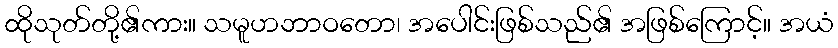
ထိုသုတ်တို့၏ကား။ သမူဟဘာဝတော၊ အပေါင်းဖြစ်သည်၏ အဖြစ်ကြောင့်။ အယံ